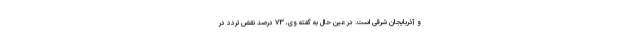
و آذربایجان شرقی است. در عین حال به گفته وی، ۷۳ درصد نقض تردد در